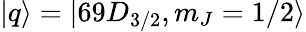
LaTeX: |q\rangle=|69D_{3/2},m_{J}=1/2\rangle